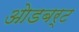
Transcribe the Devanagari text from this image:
ओडबर्ट